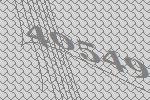
40549